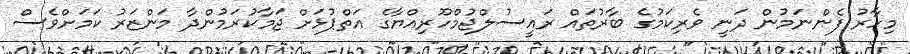
މިހާރު ފެންނަމުން ދަނީ ވެރިކަމުގެ ބާރުތައް ރައީސުލްޖުމްހޫރިއްޔާގެ އަތްޕުޅަށް ޖަމާކުރަމުންދާ މަންޒަރު ކަމަށްވެސް